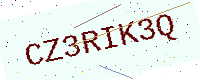
Text: CZ3RIK3Q